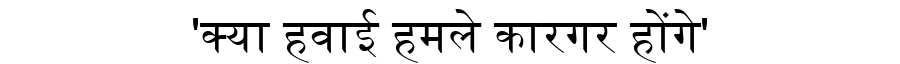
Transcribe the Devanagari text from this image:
'क्या हवाई हमले कारगर होंगे'